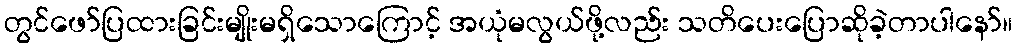
တွင်ဖော်ပြထားခြင်းမျိုးမရှိသောကြောင့် အယုံမလွယ်ဖို့လည်း သတိပေးပြောဆိုခဲ့တာပါနော်။